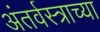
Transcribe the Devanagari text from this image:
अंतर्वस्त्राच्या